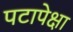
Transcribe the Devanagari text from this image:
पटापेक्षा